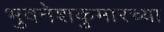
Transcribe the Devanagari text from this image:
भुवनेशकुमारच्या